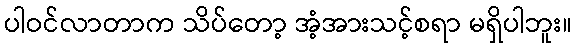
ပါဝင်လာတာက သိပ်တော့ အံ့အားသင့်စရာ မရှိပါဘူး။